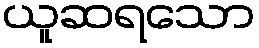
ယူဆရသော